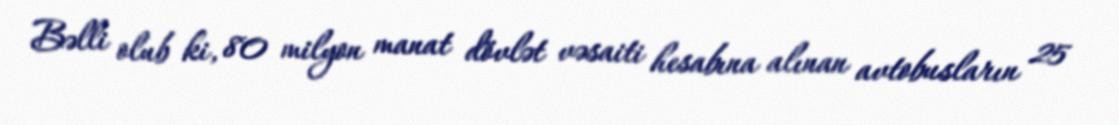
Bəlli olub ki, 80 milyon manat dövlət vəsaiti hesabına alınan avtobusların 25